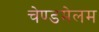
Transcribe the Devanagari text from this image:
चेण्डमेलम